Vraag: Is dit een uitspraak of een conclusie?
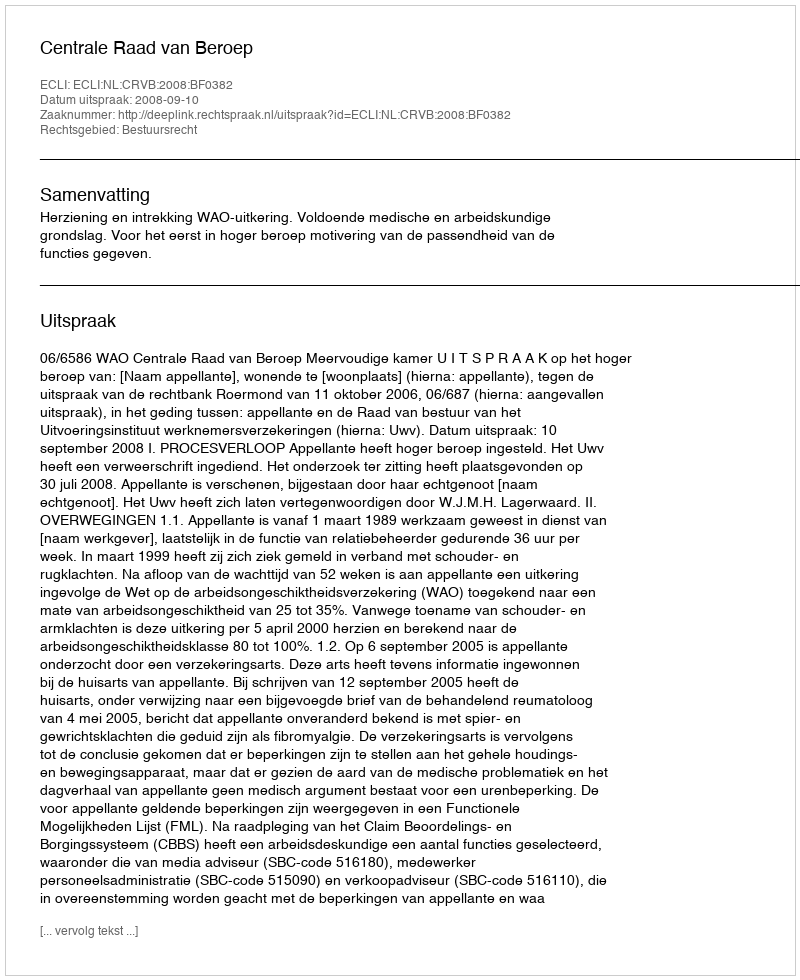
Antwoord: Uitspraak